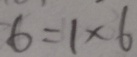
6 = 1 \times 6